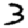
Digit: 3